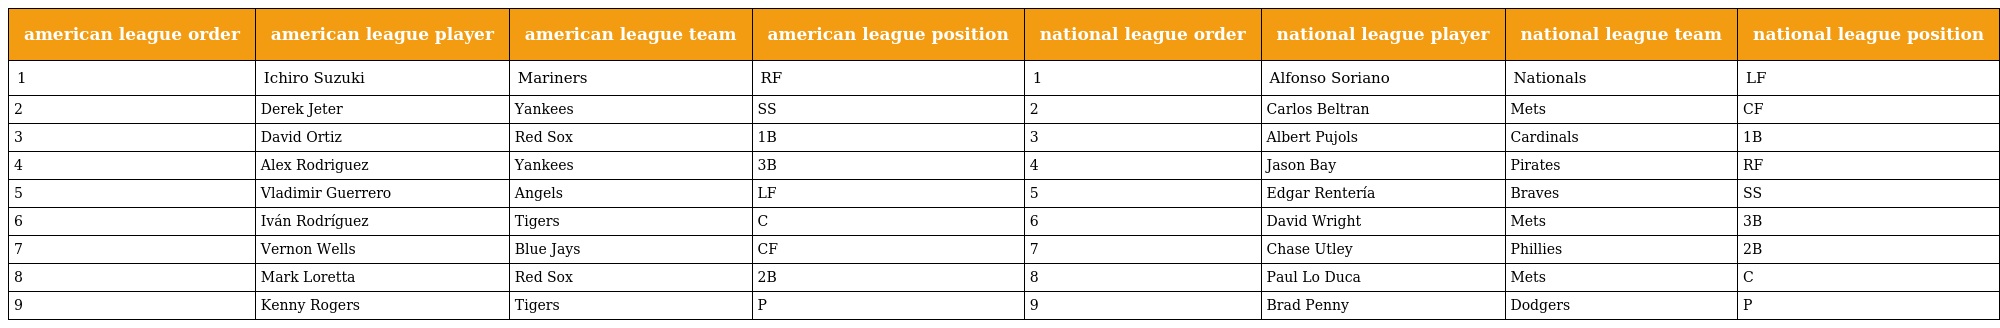
| american league order | american league player | american league team | american league position | national league order | national league player | national league team | national league position |
 | --- | --- | --- | --- | --- | --- | --- | --- |
 | 1 | Ichiro Suzuki | Mariners | RF | 1 | Alfonso Soriano | Nationals | LF |
 | 2 | Derek Jeter | Yankees | SS | 2 | Carlos Beltran | Mets | CF |
 | 3 | David Ortiz | Red Sox | 1B | 3 | Albert Pujols | Cardinals | 1B |
 | 4 | Alex Rodriguez | Yankees | 3B | 4 | Jason Bay | Pirates | RF |
 | 5 | Vladimir Guerrero | Angels | LF | 5 | Edgar Rentería | Braves | SS |
 | 6 | Iván Rodríguez | Tigers | C | 6 | David Wright | Mets | 3B |
 | 7 | Vernon Wells | Blue Jays | CF | 7 | Chase Utley | Phillies | 2B |
 | 8 | Mark Loretta | Red Sox | 2B | 8 | Paul Lo Duca | Mets | C |
 | 9 | Kenny Rogers | Tigers | P | 9 | Brad Penny | Dodgers | P |